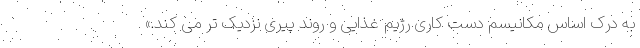
به درک اساس مکانیسم دست کاری رژیم غذایی و روند پیری نزدیک تر می کند.»